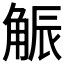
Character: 𧣨